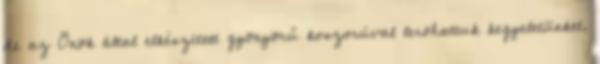
de az Önök által elkészített gyönyörű koszorúval leróhattuk kegyeletünket.